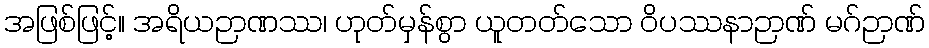
အဖြစ်ဖြင့်။ အရိယဉာဏဿ၊ ဟုတ်မှန်စွာ ယူတတ်သော ဝိပဿနာဉာဏ် မဂ်ဉာဏ်